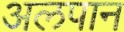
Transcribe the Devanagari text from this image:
अलपान